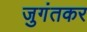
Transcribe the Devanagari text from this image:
जुगंतकर